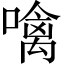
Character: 噙